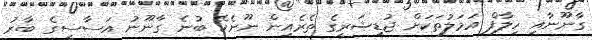
ގާނޫނާއި ހިލާފް އަމަލުތަކަށް ޖުޑީޝަރީގެ ތެރެއިން ނޫނެކޭ ބުނެ ގާނޫނު އަސާސީގެ ބާރު